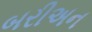
બરીઅન